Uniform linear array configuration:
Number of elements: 64
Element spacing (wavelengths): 0.75
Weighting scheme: kaiser
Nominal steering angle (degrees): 0
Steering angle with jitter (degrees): -1.642
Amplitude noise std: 0.05
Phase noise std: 0.05

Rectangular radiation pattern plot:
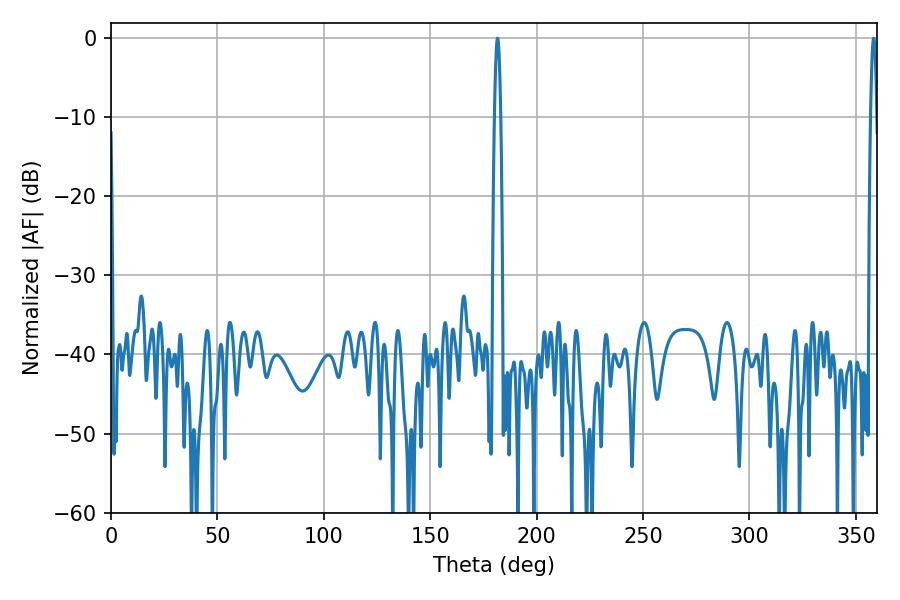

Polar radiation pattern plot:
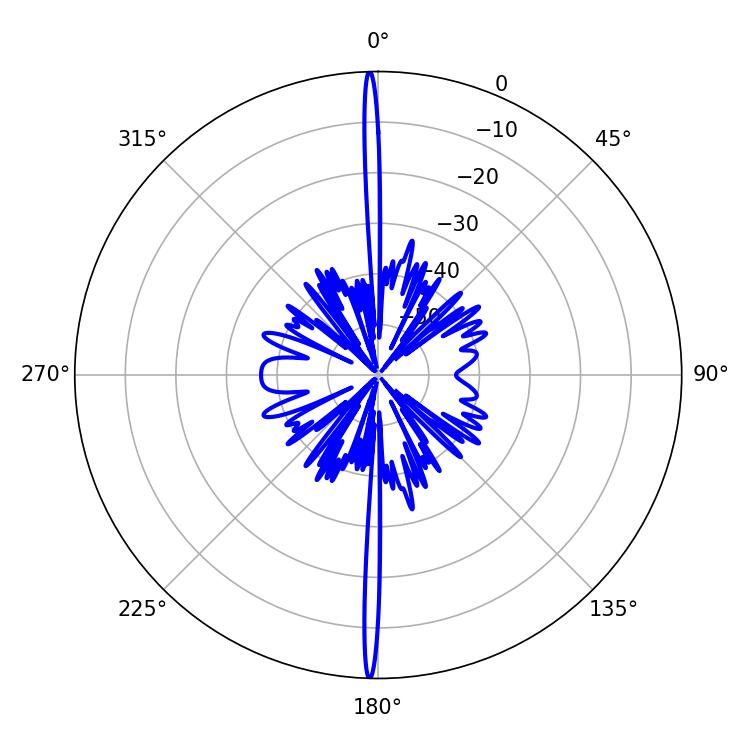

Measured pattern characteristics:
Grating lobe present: TRUE
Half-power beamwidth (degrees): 1.44
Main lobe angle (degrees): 358.38